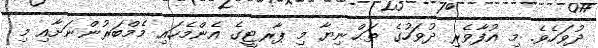
ދުވަހެވެ. މި އުފާވެރި ދުވަހުގެ ތަޙްނިޔާ މި ޕާރޓީގެ އެންމެހައި މެމްބަރުންނަށާއި މި